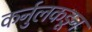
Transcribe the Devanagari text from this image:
कर्नुलकडून